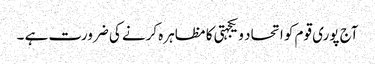
آج پوری قوم کو اتحاد و یکجہتی کا مظاہرہ کرنے کی ضرورت ہے ۔